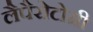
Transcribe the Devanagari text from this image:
लैपैरोटोमी